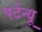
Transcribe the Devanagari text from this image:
पर्टेन्यू